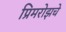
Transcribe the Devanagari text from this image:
प्रिमरोझचे